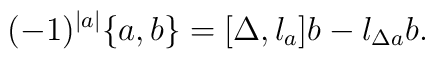
(-1)^{|a|}\{a,b\} = {[\Delta,l_a]}b - l_{\Delta a}b.